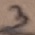
Text: 3